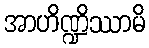
အာဟိဏ္ဍိဿာမိ